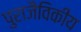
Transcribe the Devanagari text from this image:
पुराजैविकीय